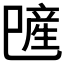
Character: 𪩯